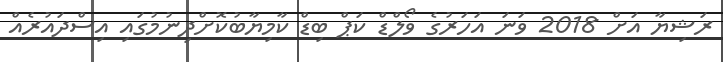
ރަޝިޔާ އަށް 2018 ވަނަ އަހަރުގެ ވޯލްޑް ކަޕް ބިޑް ކާމިޔާބުކޮށްދިނުމުގައި އިސްދައުރެއް